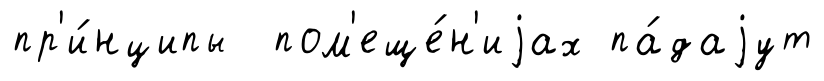
пр'и́нципы пом'еще́н'иjах па́даjут